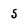
Character: 5